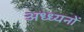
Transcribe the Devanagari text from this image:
अध्ध्यनों